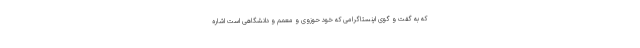
که به گفت و گوی اینستاگرامی که خود حوزوی و معمم و دانشگاهی است اشاره